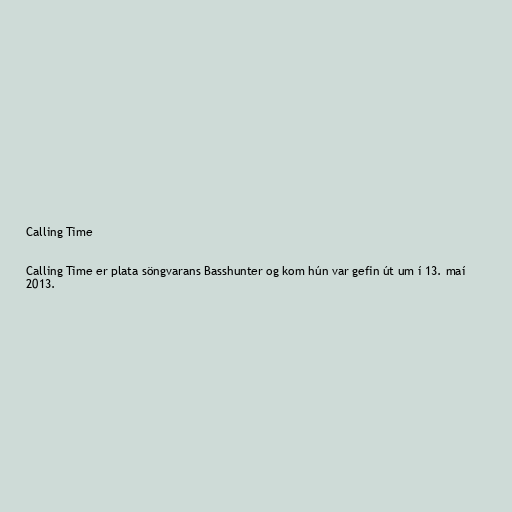
Calling Time

Calling Time er plata söngvarans Basshunter og kom hún var gefin út um í 13. maí
2013.